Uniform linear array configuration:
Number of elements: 32
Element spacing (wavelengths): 0.5
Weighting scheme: exponential
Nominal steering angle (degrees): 30
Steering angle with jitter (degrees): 28.486
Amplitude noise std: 0.05
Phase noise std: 0.05

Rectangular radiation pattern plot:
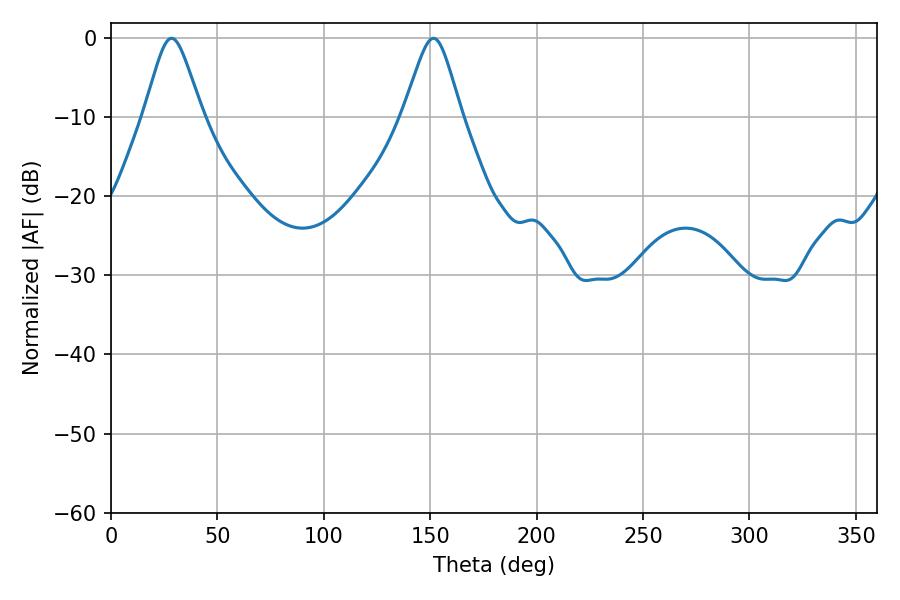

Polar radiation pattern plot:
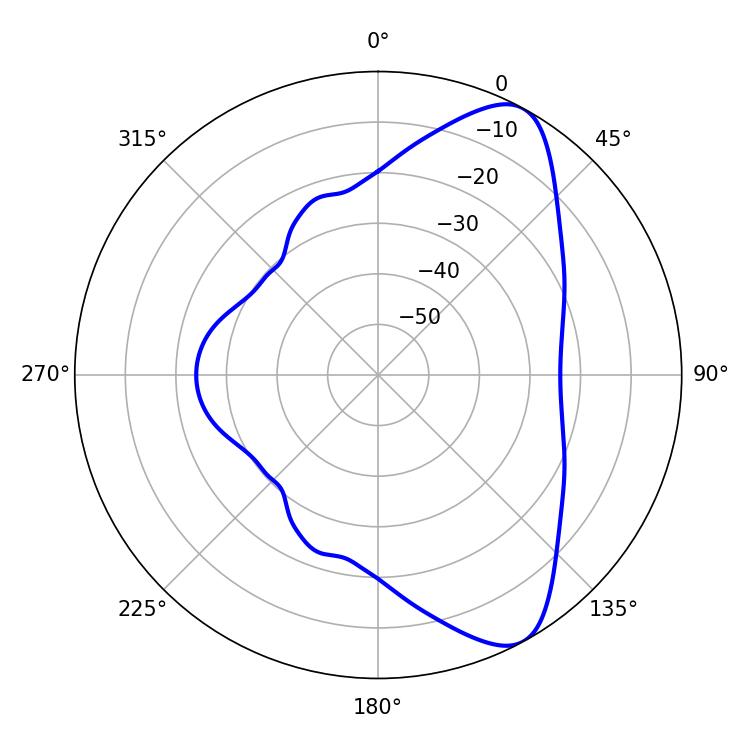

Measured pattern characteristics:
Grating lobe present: FALSE
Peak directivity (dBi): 8.629
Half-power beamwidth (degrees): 13.14
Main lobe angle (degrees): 28.44